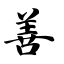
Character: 善